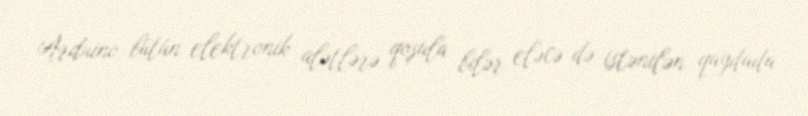
Arduino bütün elektronik alətlərə qoşula bilər eləcə də istənilən qaydada